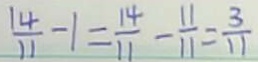
\frac { 1 4 } { 1 1 } - 1 = \frac { 1 4 } { 1 1 } - \frac { 1 1 } { 1 1 } = \frac { 3 } { 1 1 }